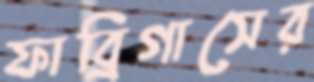
ফাব্রিগাসের